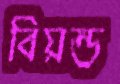
বিয়ন্ড